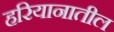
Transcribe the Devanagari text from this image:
हरियानातील